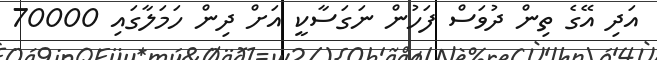
އަދި އޭގެ ތިން ދުވަސް ފަހުން ނަގަސާކީ އަށް ދިން ހަމަލާގައި 70000